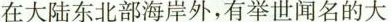
在大陆东北部海岸外，有举世闻名的大